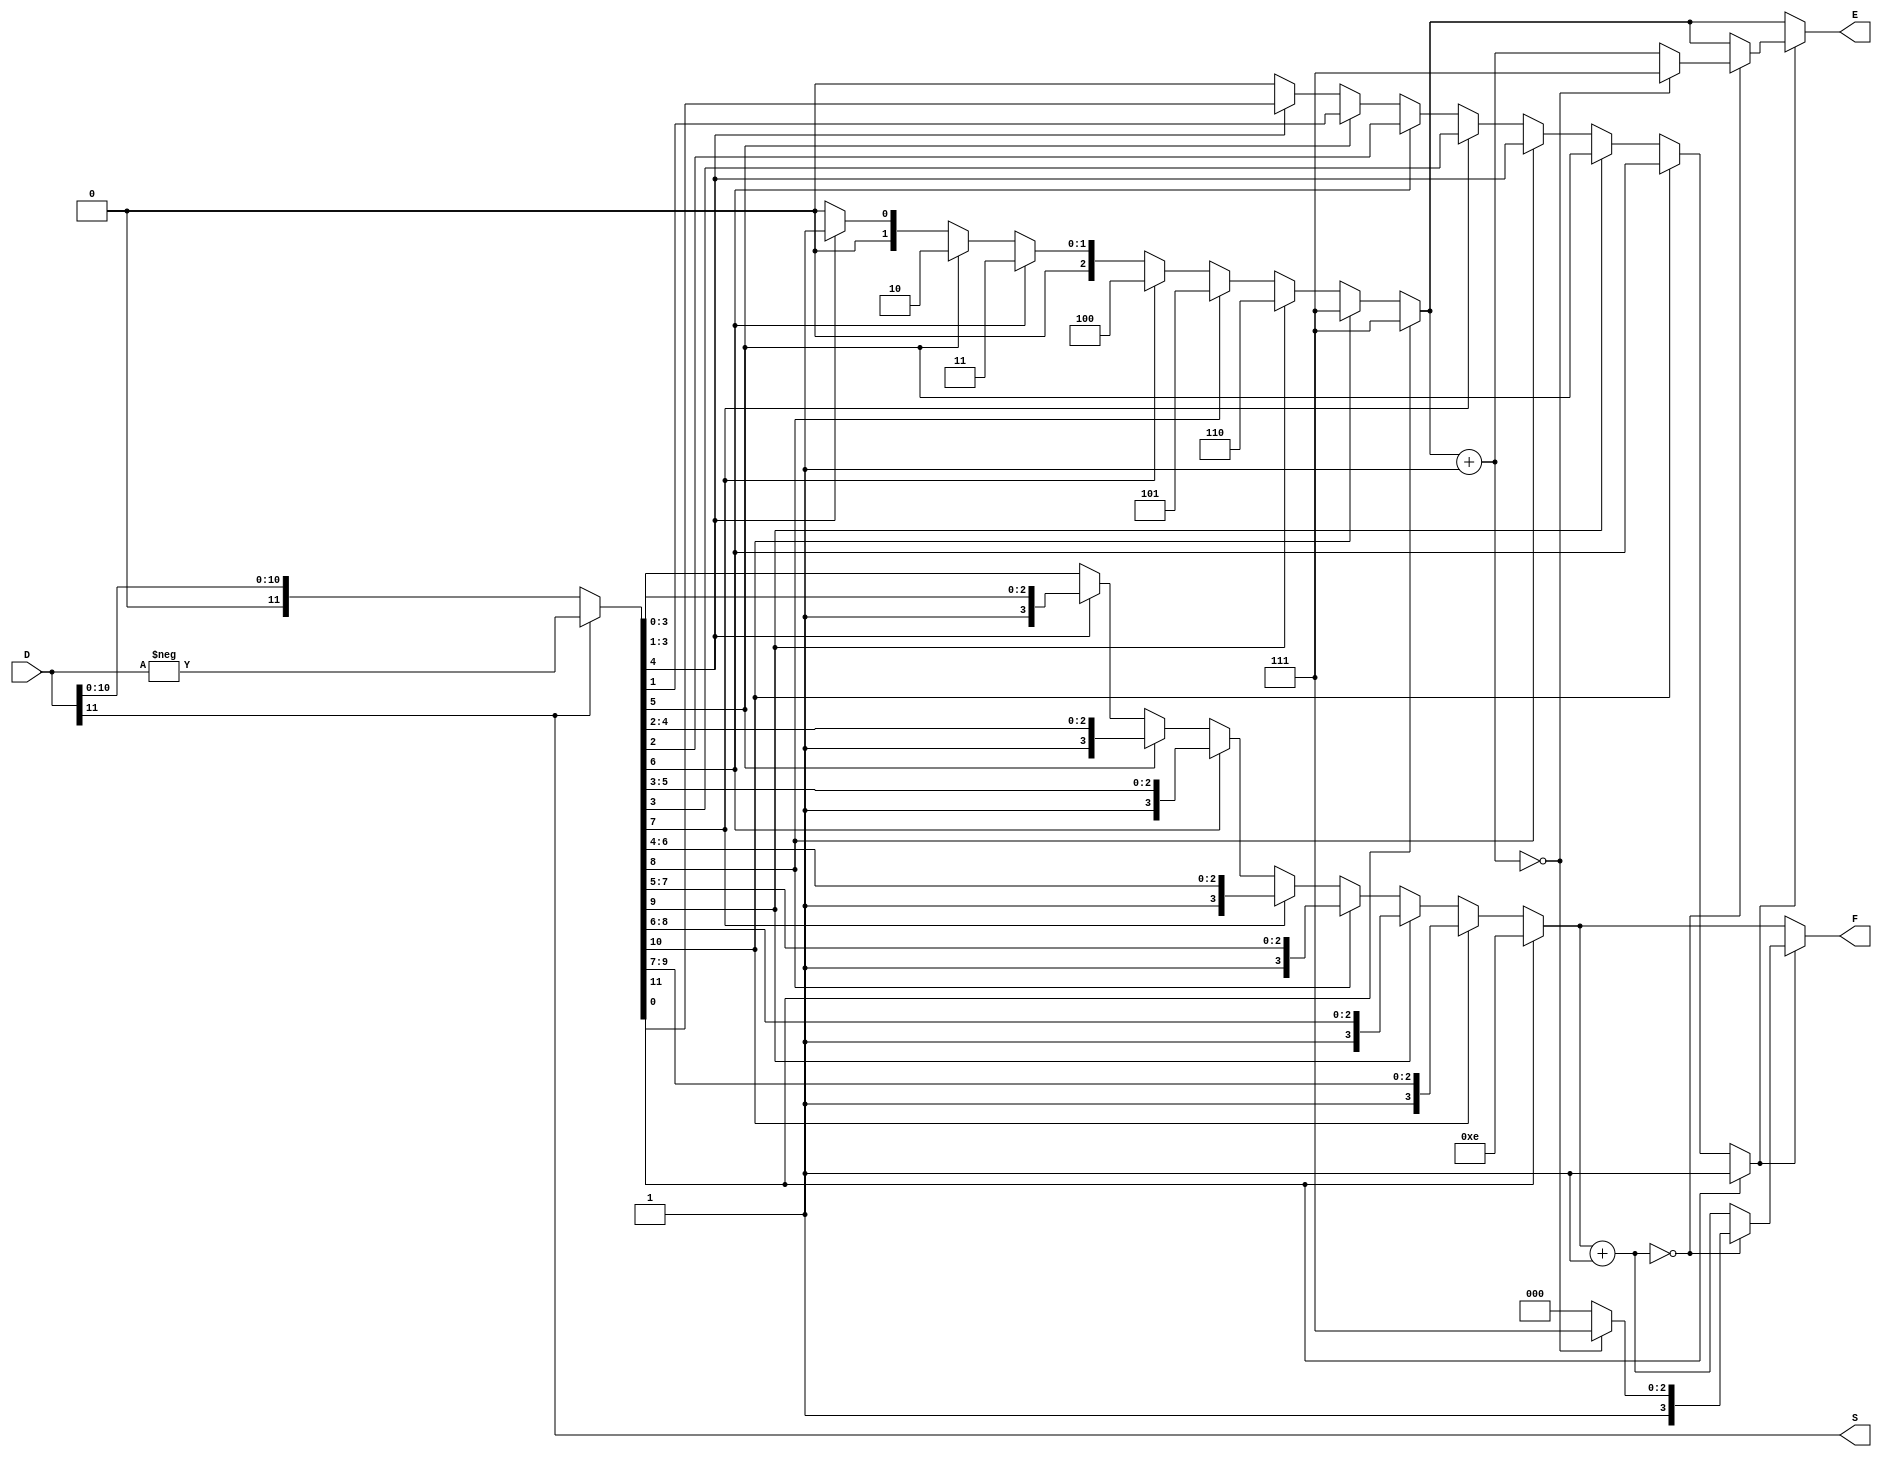
`timescale 1ns / 1ps
//////////////////////////////////////////////////////////////////////////////////
// Company: 
// Engineer: 
// 
// Design Name: 
// Module Name:    signi 
// Project Name: 
// Target Devices: 
// Tool versions: 
// Description: 
//
// Dependencies: 
//
// Revision: 
// Revision 0.01 - File Created
// Additional Comments: 
//
//////////////////////////////////////////////////////////////////////////////////
module FPCVT ( D, S, E, F );
  input [11:0] D;
  
  output reg [3:0] F;
  output reg [2:0] E;
  output reg S;
   
  reg [11:0] out;
  reg bit5;
  
  always@(*) begin
    S = D[11];
    if(S == 1)
   	  out = -D;
    else
      out = D;
    
    if(out[11] == 1)
      begin
        F = 4'b1110;
        E = 7;
        bit5 = 1;
      end
    else if(out[10] == 1)
      begin
        F = out[10:7];
        E = 7;
        bit5 = out[6];
      end
    else if(out[9] == 1)
      begin
        F = out[9:6];
        E = 6;
        bit5 = out[5];
      end
    else if(out[8] == 1)
      begin
        F = out[8:5];
        E = 5;
        bit5 = out[4];
      end
    else if(out[7] == 1)
      begin
        F = out[7:4];
        E = 4;
        bit5 = out[3];
      end
    else if(out[6] == 1)
      begin
        F = out[6:3];
        E = 3;
        bit5 = out[2];
      end
    else if(out[5] == 1)
      begin
        F = out[5:2];
        E = 2;
        bit5 = out[1];
      end
    else if(out[4] == 1)
      begin
        F = out[4:1];
        E = 1;
        bit5 = out[0];
      end
    else
      begin
        F = out[3:0];
        E = 0;
        bit5 = 0;
      end
    
    if(bit5 == 1)
      begin
        F = F + 1;
        if(F == 0)
        	begin
              E = E + 1;
              if(E == 0)
              	begin
                  F = 15;
                  E = 7;
                end
              else
                  F = 8;
            end
      end
  end
endmodule